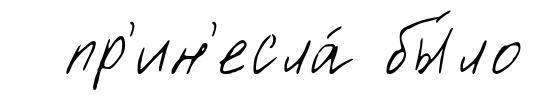
пр'ин'есла́ бы́ло